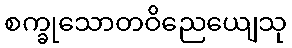
စက္ခုသောတဝိညေယျေသု